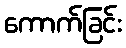
ကောက်ခြင်း